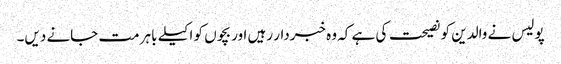
پولیس نے والدین کو نصیحت کی ہے کہ وہ خبردار رہیں اور بچوں کو اکیلے باہر مت جانے دیں۔